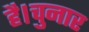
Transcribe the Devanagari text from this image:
है।चुनार